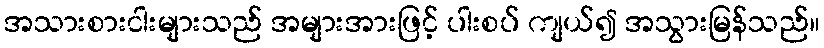
အသားစားငါးများသည် အများအားဖြင့် ပါးစပ် ကျယ်၍ အသွားမြန်သည်။